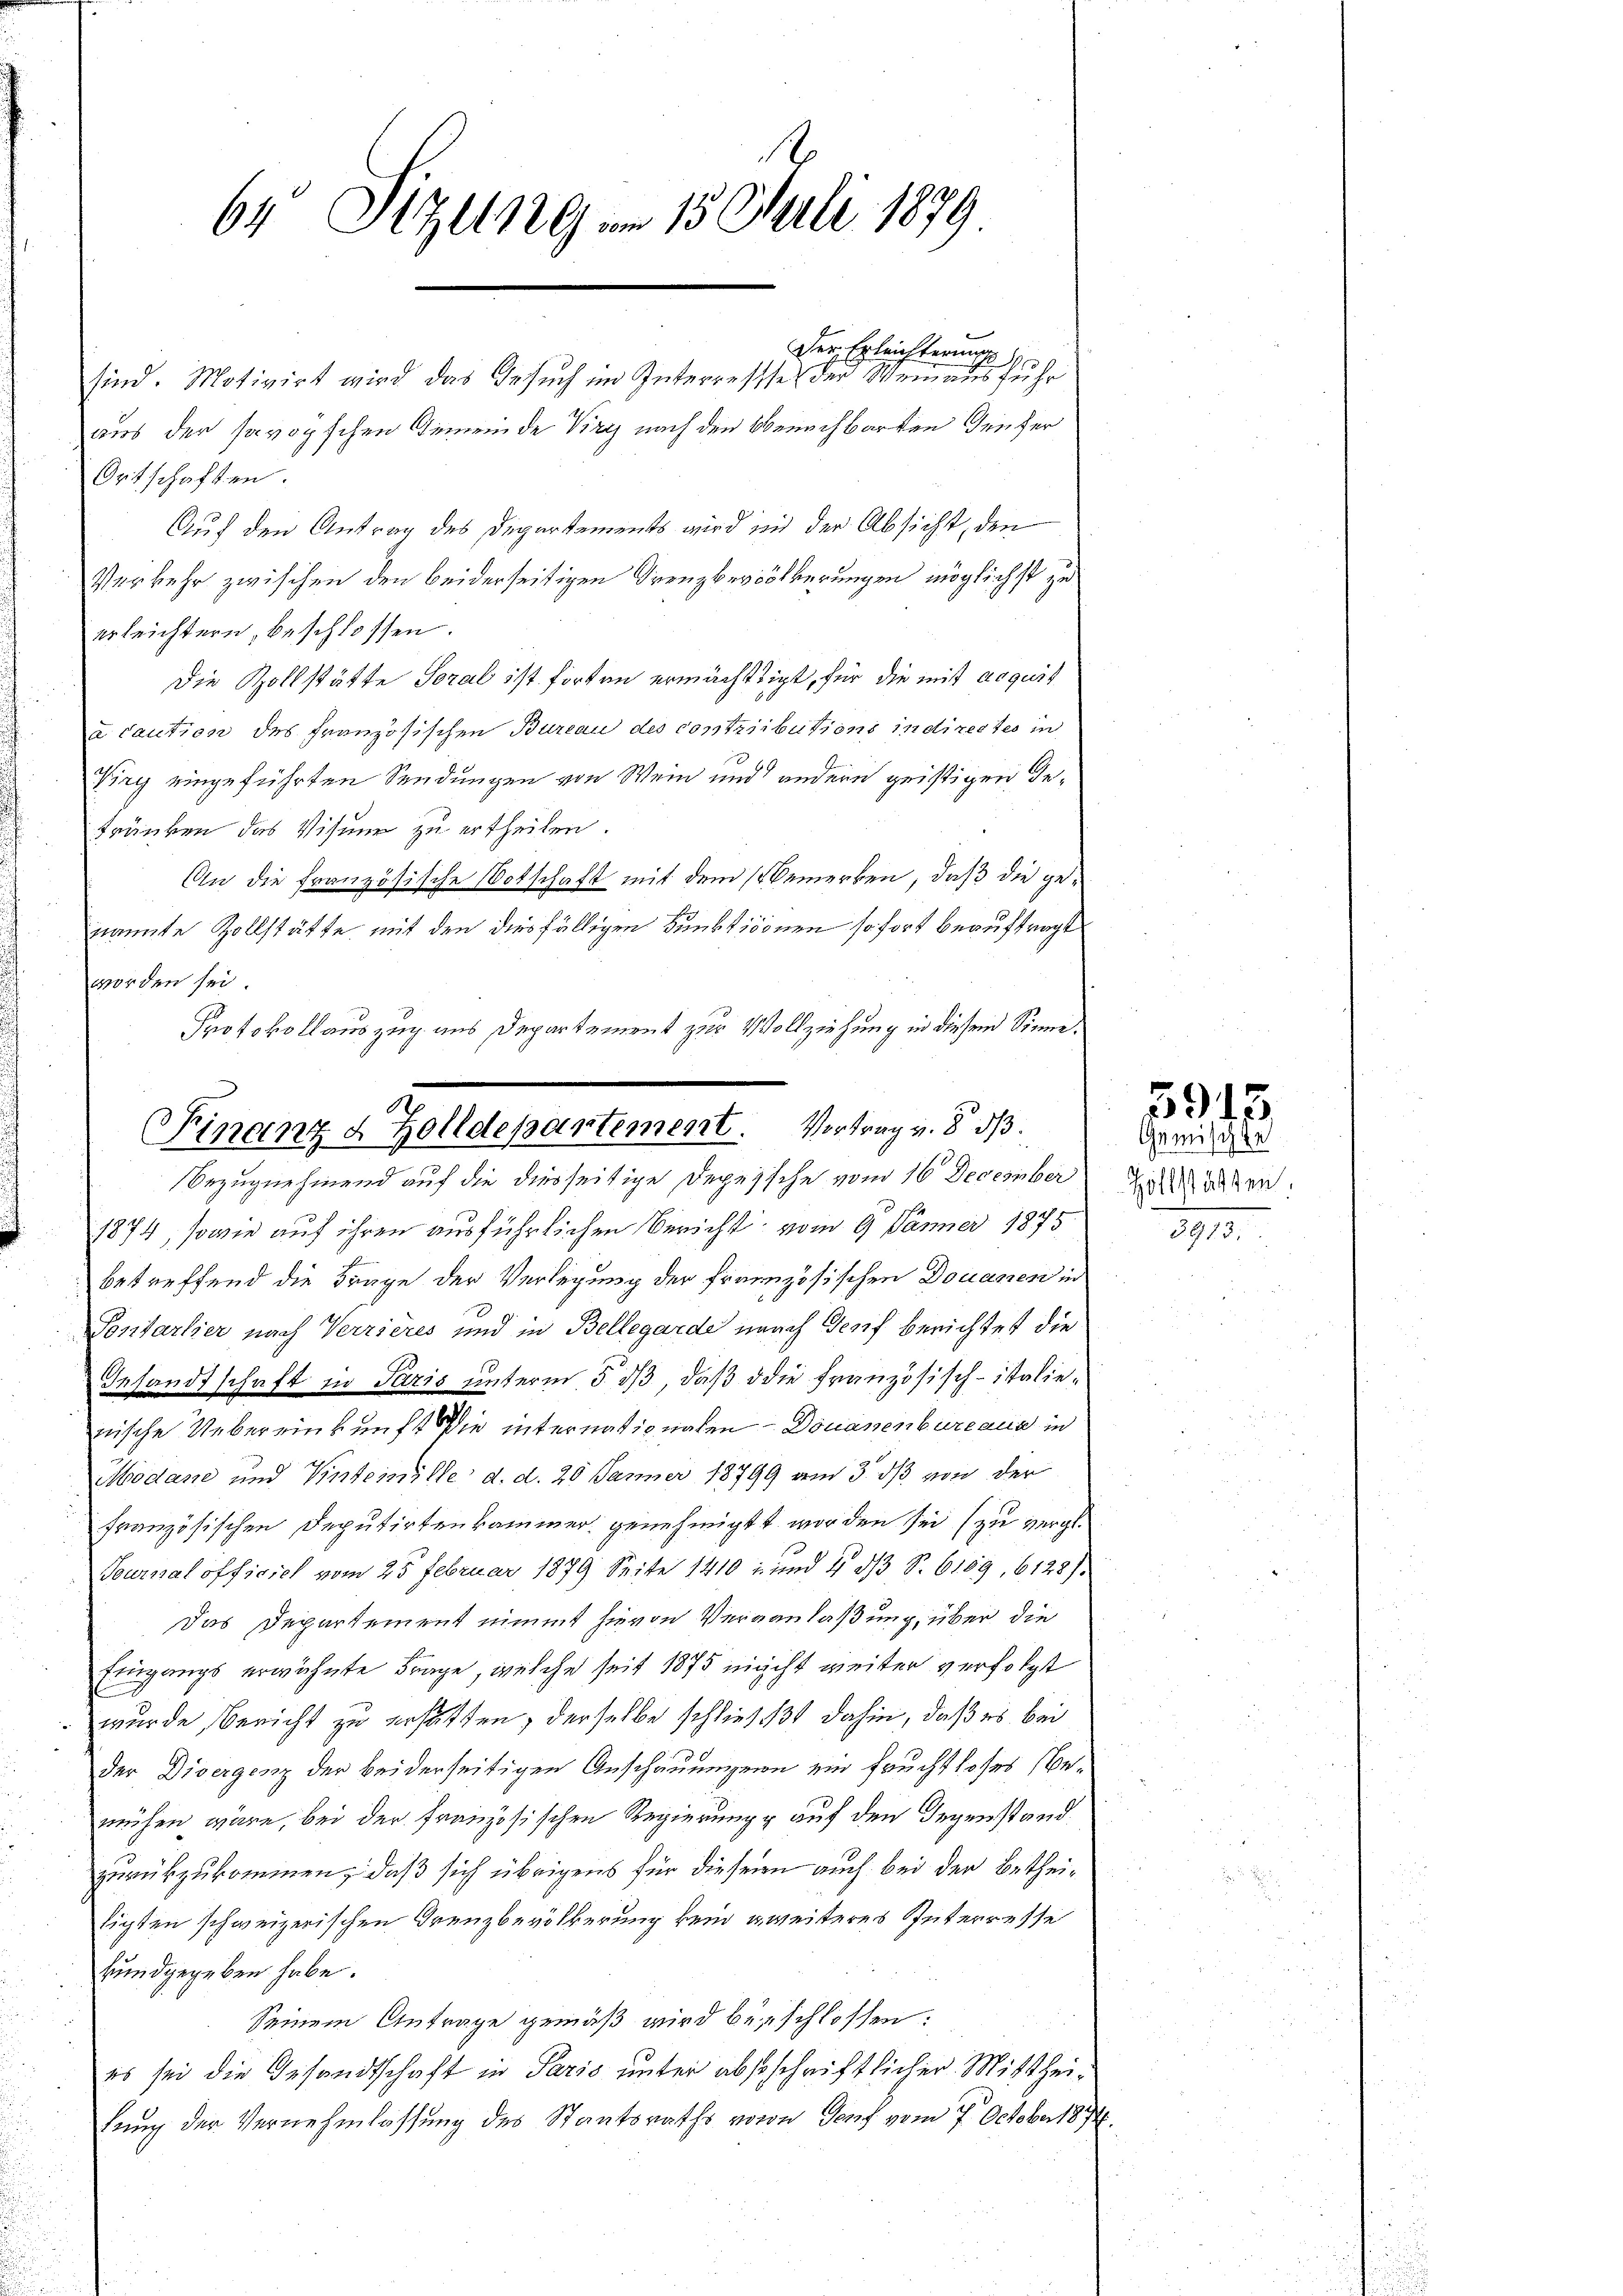
64 Sizung - 15. Juli 1879

.
Finanz & Zolldepartement. Vortrag v. 8. d.
Bezugnehmend auf die diesseitige Depesche vom 16 December

Der Erleichterung

sind. Motivirt wird das Gesuch im Interresse der Weinausfuhr
aus der savoyischen Gemeinde Virg nach den Obenachbarten Teufer
Ortschaften.
Auf den Antrag des Departements wird in der Absicht, den
Verkehr zwischen den beiderseitigen Grenzbevölkerungen möglichst zu
erleichtern, beschlossen:
Die Zollstätte Soral ist forten ermächtigt, für die mit acquit
a caution des Französischen Bureau des contributions indirectes in
Viry eingeführten Sendungen von Wein und andern geistigen de¬
Fränken das Visum zu ertheilen.
An die französische Botschaft mit dem Bemerken, daß die genannte Zollstätte mit den diesfälligen Funktionen sofort beauftragt
worden sei.
Protokollauszug aus Departement zur Vollziehung in diesem Sinne.

1874, sowie auf ihren ausführlichen Bericht vom 9 Jänner 1875
betreffend die Frage der Verlegung der französischen Douanen in
Pontarlier nach Verzieres und in Bellegarde nach Genf berichtet die
Gesandtschaft in Paris unterm 5. ds, daß die Französisch-italiewische Uebereinkunft die internatig nahen - Douanenbureaus in
Modane und Vintemille d. d. 20 Jänner 18799 am 3. ds von der
französischen Deputirtenkammer genehmigt worden sei (zu vergl.
Tournal officiel vom 25 Februar 1879 Seite 1410 u. und 4 3/3 S. 6159, 6128).
Das Departement nimmt hievon Verganlaßung, über die
Eingangs erwähnte Frage, welche seit 1875 nicht weiter verfolgt
wurde, Bericht zu erhatten, derselbe schließt dahin, daß es bei
der Divergenz der beiderseitigen Anschauungen ein Fruchtloses Bemühen wäre, bei der französischen Regierung auf den Gegenstand
zurückzukommen, daß sich übrigens für dieser auch bei der Betheiligten schweizerischen Grenzbevölkerung kein zweiteres Interresse
kundgegeben habe.
Seinem Antrage gemäß wird beschlossen:
es sei die Gesandtschaft in Paris unter abstschriftlicher Mittheitung der Vernehmlassung des Staatsraths von Genf vom 7. October 1874.

5913.
Gemischte

Zollstätten
1
e

3913.